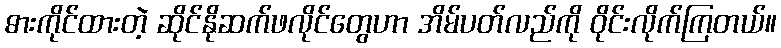
ဓားကိုင်ထားတဲ့ ဆိုင်နိုဆက်ဖလိုင်တွေဟာ အိမ်ပတ်လည်ကို ဝိုင်းလိုက်ကြတယ်။